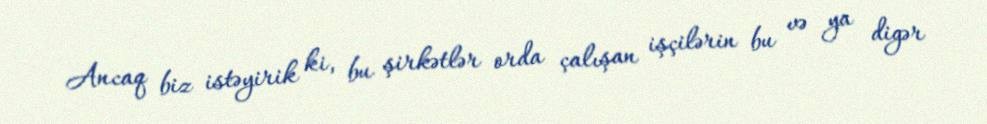
Ancaq biz istəyirik ki, bu şirkətlər orda çalışan işçilərin bu və ya digər